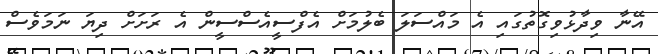
އޭނާ ވިދާޅުވިގޮތުގައި އެ މައްސަލަ ބެލުމަށް އެފްސީއެސްސީން އެ ރަށަށް ދިޔަ ނަމަވެސް